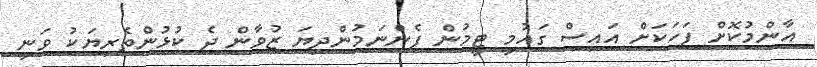
އާންމުކޮށް ފަހަކަށް އައިސް ގައުމީ ޓީމުން ފެންނަމުންދިޔަ ޒުވާން ދެ ކުޅުންތެރިޔަކު ވަނީ